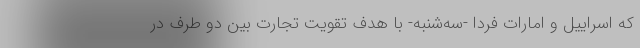
که اسراییل و امارات فردا -سه‌شنبه- با هدف تقویت تجارت بین دو طرف در